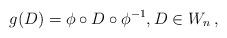
LaTeX: \begin{align*}g(D)=\phi\circ D \circ \phi^{-1}, D \in W_n\,,\end{align*}